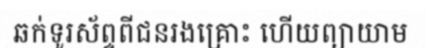
ឆក់ទូរស័ព្ទពីជនរងគ្រោះ ហើយព្យាយាម